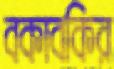
বকাবকির